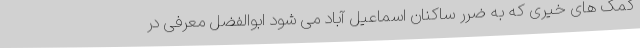
کمک های خیری که به ضرر ساکنان اسماعیل آباد می شود ابوالفضل معرفی در